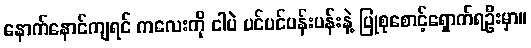
နောက်နောင်ကျရင် ကလေးကို ငါပဲ ပင်ပင်ပန်းပန်းနဲ့ ပြုစုစောင့်ရှောက်ရဦးမှာ။